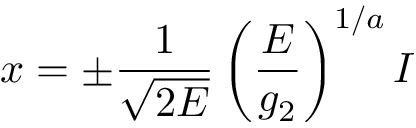
x = \pm \frac { 1 } { \sqrt { 2 E } } \left( \frac { E } { g _ { 2 } } \right) ^ { 1 / a } I